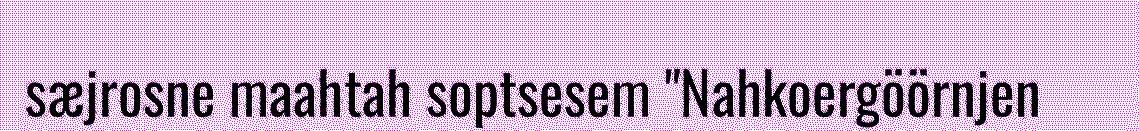
sæjrosne maahtah soptsesem "Nahkoergöörnjen